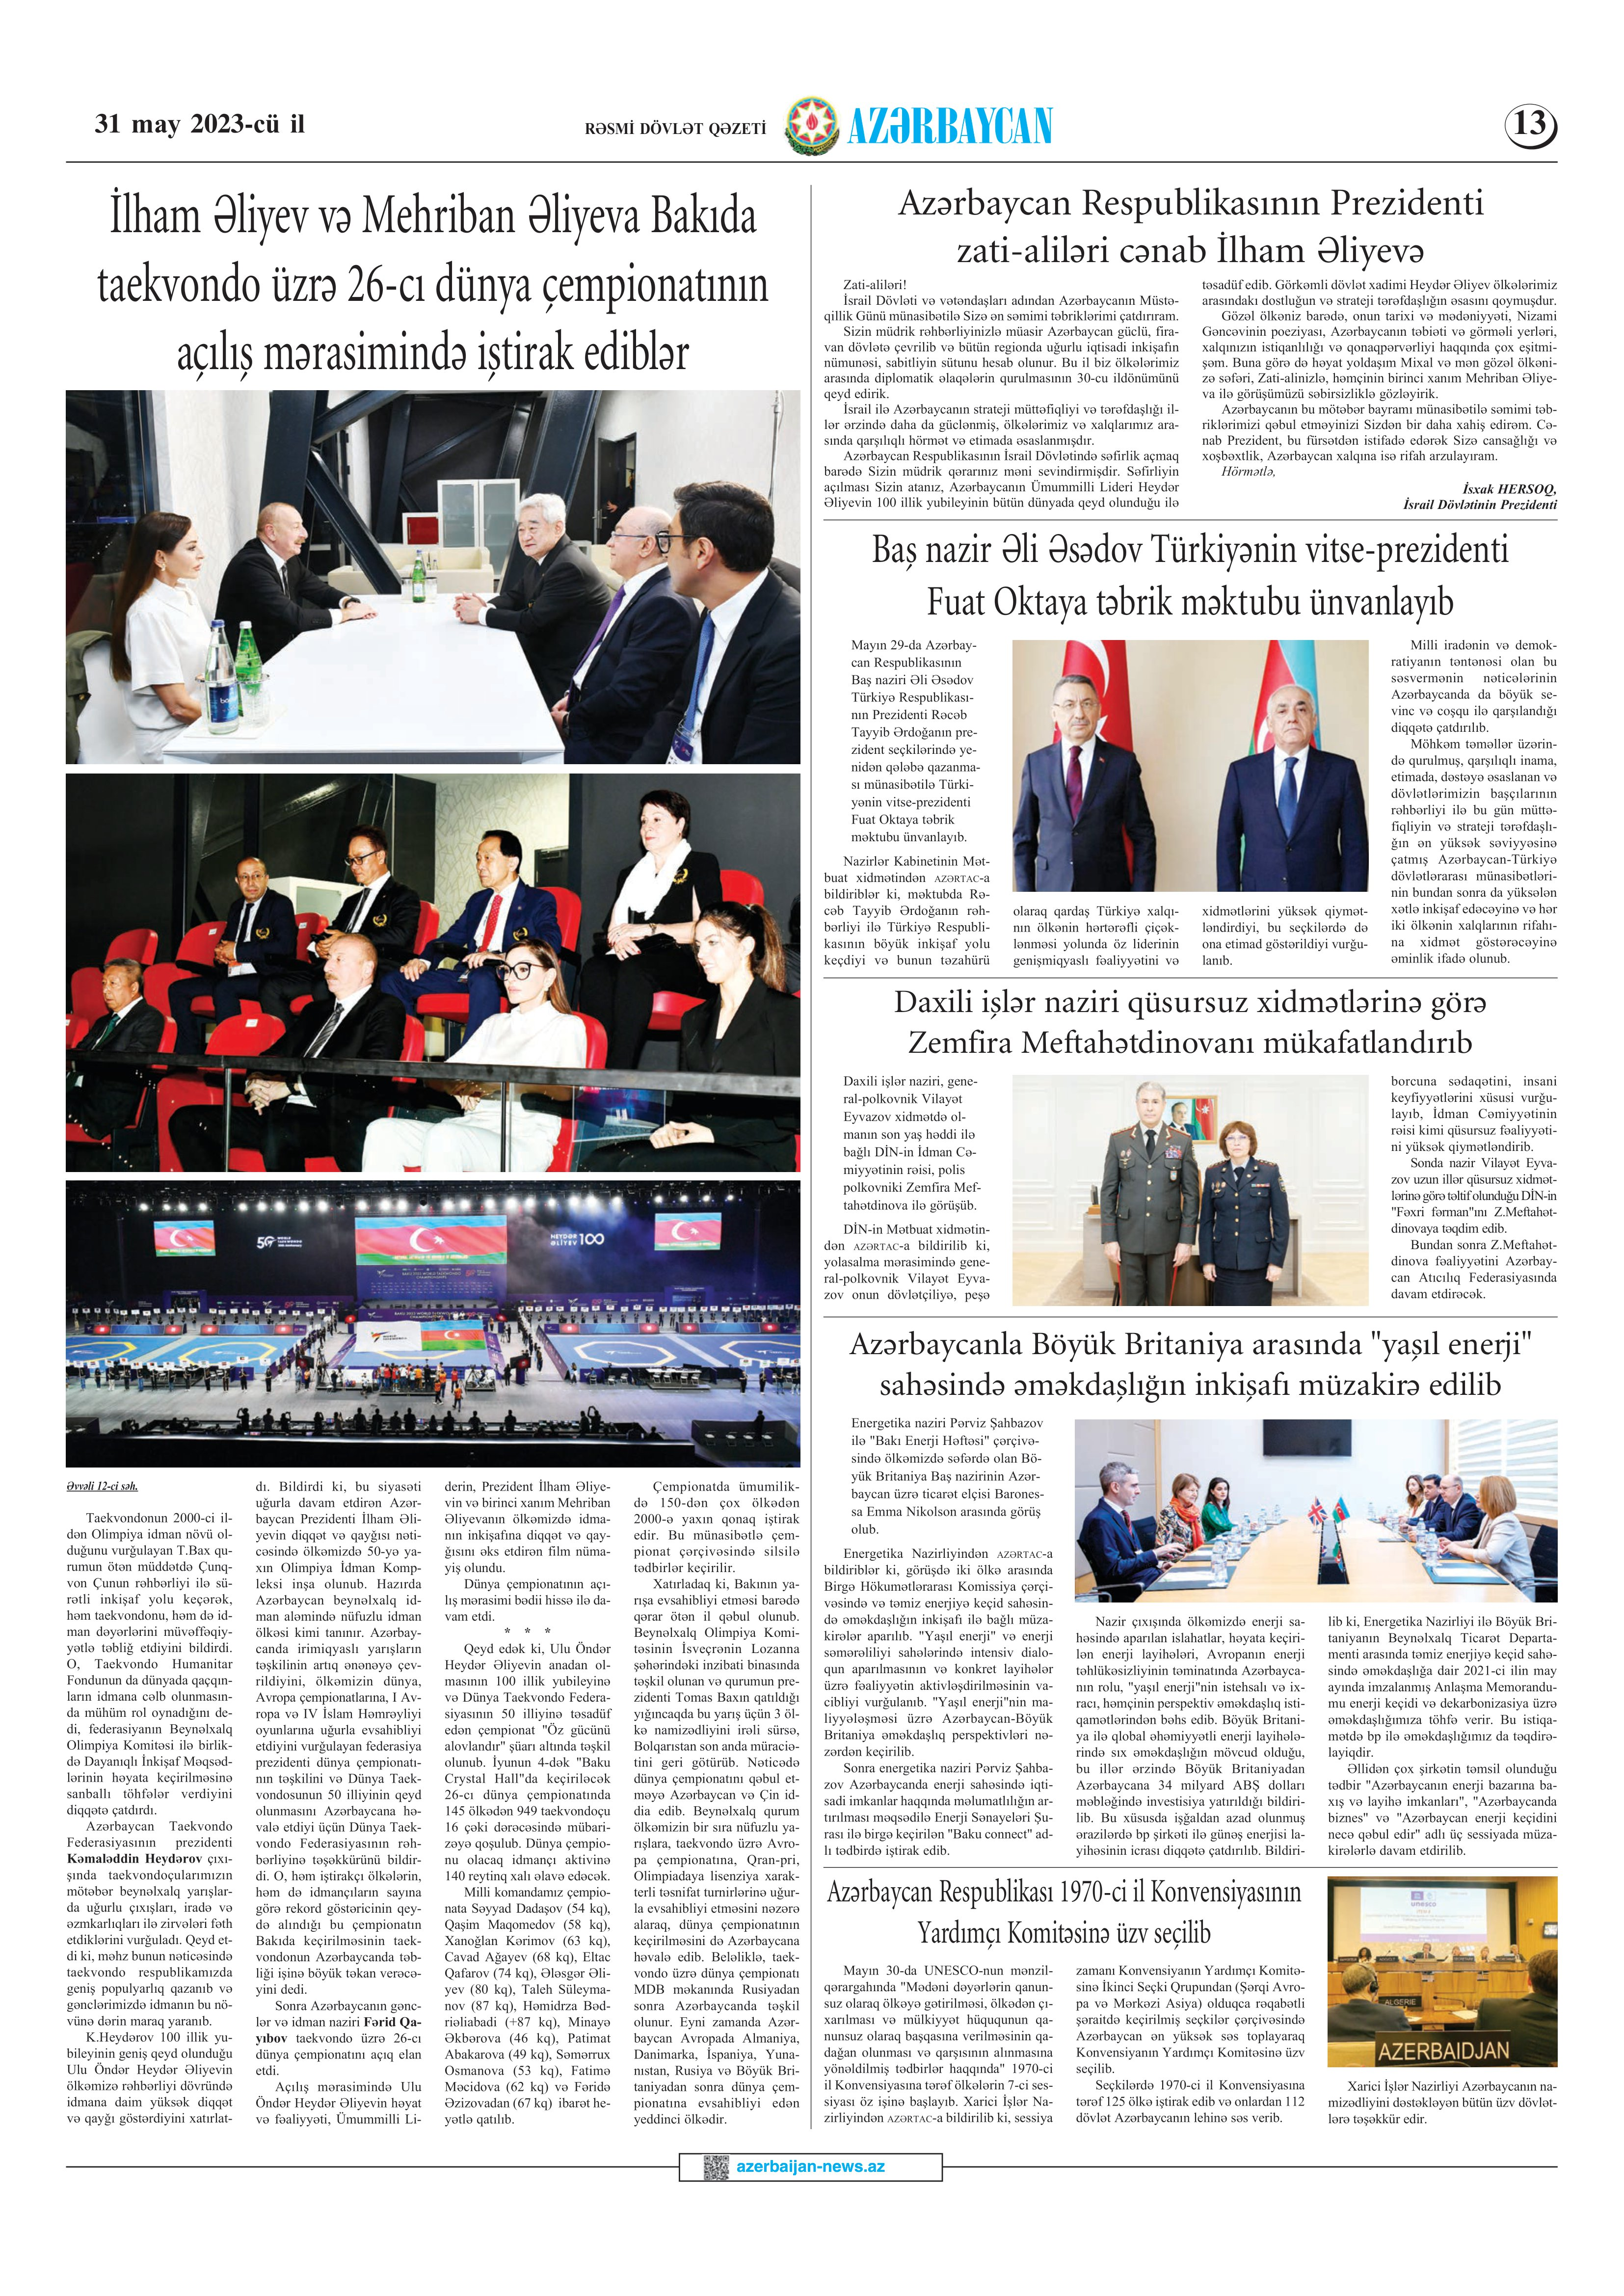
Language: az